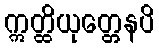
ဣတ္ထိယုတ္တေနပိ